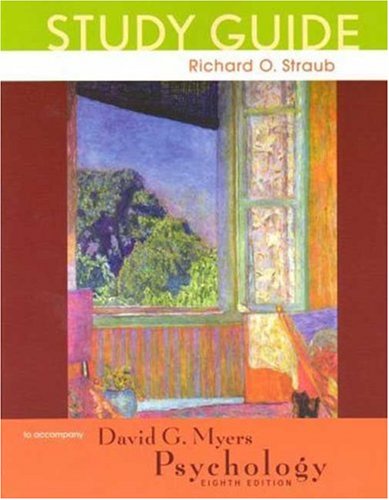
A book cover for Psychology Study Guide; Richard O. Straub; Medical Books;